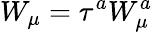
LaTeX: W_{\mu}=\tau^{a}W_{\mu}^{a}